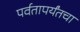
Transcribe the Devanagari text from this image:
पर्वतापर्यंतचा